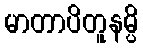
မာတာပိတူနမ္ပိ